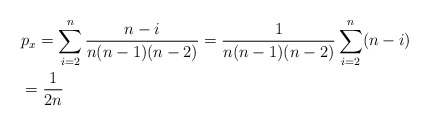
\begin{align*}&p_x=\sum_{i=2}^n \frac{n-i}{n(n-1)(n-2)}=\frac{1}{n(n-1)(n-2)}\sum_{i=2}^n(n-i)\\&=\frac{1}{2n}\end{align*}